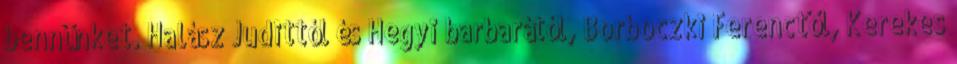
bennünket. Halász Judittól és Hegyi barbarától, Borboczki Ferenctől, Kerekes